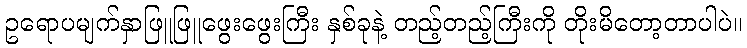
ဥရောပမျက်နှာဖြူဖြူဖွေးဖွေးကြီး နှစ်ခုနဲ့ တည့်တည့်ကြီးကို တိုးမိတော့တာပါပဲ။